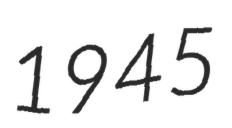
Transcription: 1945